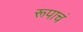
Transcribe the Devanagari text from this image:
रूपाचं